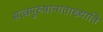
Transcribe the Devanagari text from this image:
सत्वपुरुषान्यताख्याति